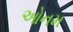
ઓનમ